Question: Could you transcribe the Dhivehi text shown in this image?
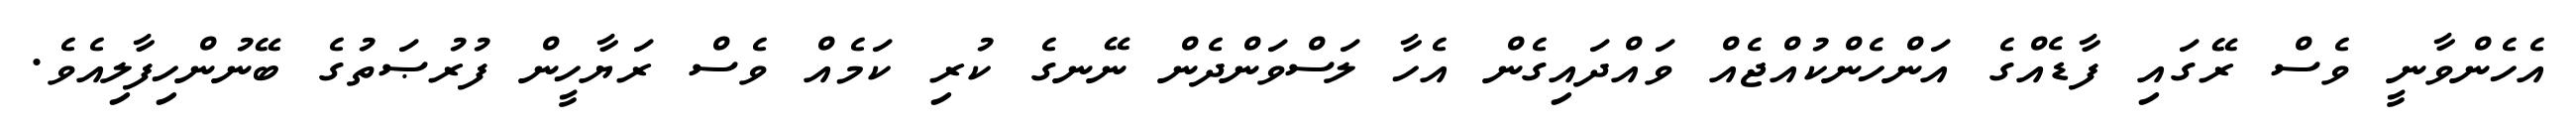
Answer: އެހެންވާނީ ވެސް ރޭގައި ފާޑެއްގެ އަންހެންކުއްޖެއް ވައްދައިގެން އެހާ ލަސްވަންދެން ނޭނގެ ކުރި ކަމެއް ވެސް ރަޔާހީން ފުރުޞަތުގެ ބޭނުންހިފާލިއެވެ.